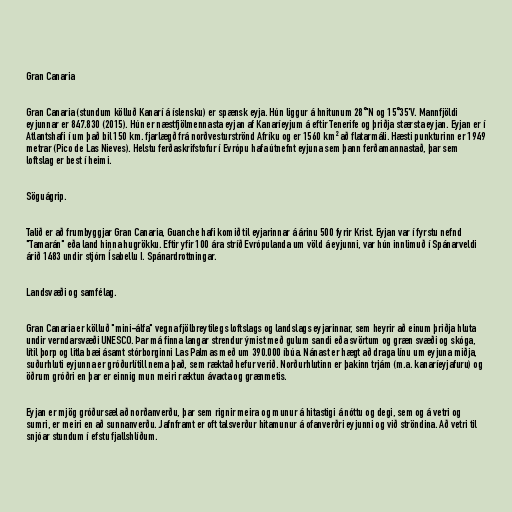
Gran Canaria

Gran Canaria (stundum kölluð Kanarí á íslensku) er spænsk eyja. Hún liggur á hnitunum 28°'N og 15°35'V. Mannfjöldi
eyjunnar er 847.830 (2015). Hún er næstfjölmennasta eyjan af Kanaríeyjum á eftir Tenerife og þriðja stærsta eyjan. Eyjan er í
Atlantshafi í um það bil 150 km. fjarlægð frá norðvesturströnd Afríku og er 1560 km² að flatarmáli. Hæsti punkturinn er 1949
metrar (Pico de Las Nieves). Helstu ferðaskrifstofur í Evrópu hafa útnefnt eyjuna sem þann ferðamannastað, þar sem
loftslag er best í heimi.

Söguágrip.

Talið er að frumbyggjar Gran Canaria, Guanche hafi komið til eyjarinnar á árinu 500 fyrir Krist. Eyjan var í fyrstu nefnd
"Tamarán" eða land hinna hugrökku. Eftir yfir 100 ára stríð Evrópulanda um völd á eyjunni, var hún innlimuð í Spánarveldi
árið 1483 undir stjórn Ísabellu I. Spánardrottningar.

Landsvæði og samfélag.

Gran Canaria er kölluð "mini-álfa" vegna fjölbreytilegs loftslags og landslags eyjarinnar, sem heyrir að einum þriðja hluta
undir verndarsvæði UNESCO. Þar má finna langar strendur ýmist með gulum sandi eða svörtum og græn svæði og skóga,
lítil þorp og litla bæi ásamt stórborginni Las Palmas með um 390.000 íbúa. Nánast er hægt að draga línu um eyjuna miðja,
suðurhluti eyjunna er gróðurlítill nema það, sem ræktað hefur verið. Norðurhlutinn er þakinn trjám (m.a. kanaríeyjafuru) og
öðrum gróðri en þar er einnig mun meiri ræktun ávaxta og grænmetis.

Eyjan er mjög gróðursæl að norðanverðu, þar sem rignir meira og munur á hitastigi á nóttu og degi, sem og á vetri og
sumri, er meiri en að sunnanverðu. Jafnframt er oft talsverður hitamunur á ofanverðri eyjunni og við ströndina. Að vetri til
snjóar stundum í efstu fjallshlíðum.